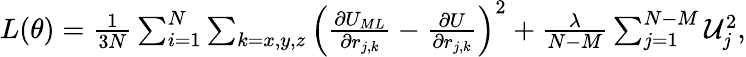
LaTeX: \begin{array}{r}{L(\mathbf{\theta})=\frac{1}{3N}\sum_{i=1}^{N}\sum_{k=x,y,z}\left(\frac{\partial U_{ML}}{\partial r_{j,k}}-\frac{\partial U}{\partial r_{j,k}}\right)^{2}+\frac{\lambda}{N-M}\sum_{j=1}^{N-M}\mathcal{U}_{j}^{2},}\end{array}